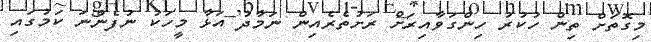
މިގޮތަށް ތިން ހުކުރު ހިންގަވާއިރަށް ރަށުތެރެއިން ނަމާދު އަޅާ މީހަކު ނުފެންނަ ކަމުގައި